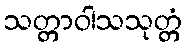
သတ္တာဝါသသုတ္တံ